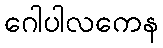
ဂေါပါလကေန